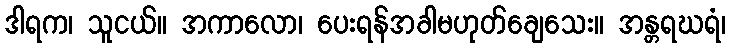
ဒါရက၊ သူငယ်။ အကာလော၊ ပေးရန်အခါမဟုတ်ချေသေး။ အန္တရဃရံ၊